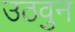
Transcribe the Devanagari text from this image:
उठवुन